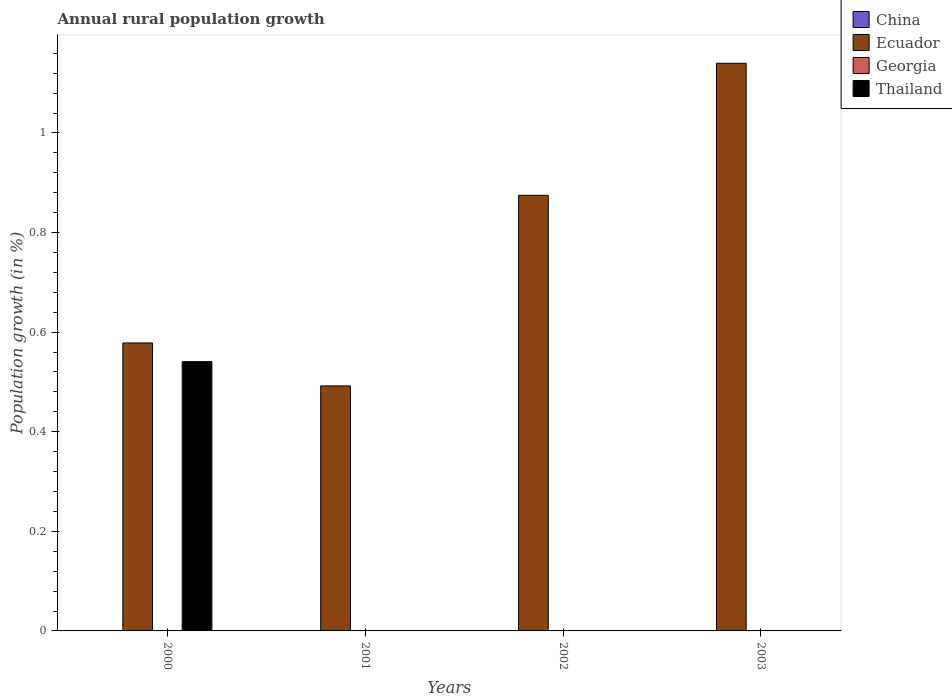
| Years | China | Ecuador | Georgia | Thailand |
 | --- | --- | --- | --- | --- |
 | 2000 | -0.778 | 0.578 | -0.261 | 0.541 |
 | 2001 | -1.19 | 0.492 | -0.219 | -0.592 |
 | 2002 | -1.47 | 0.875 | -0.452 | -0.675 |
 | 2003 | -1.6 | 1.14 | -0.771 | -0.815 |